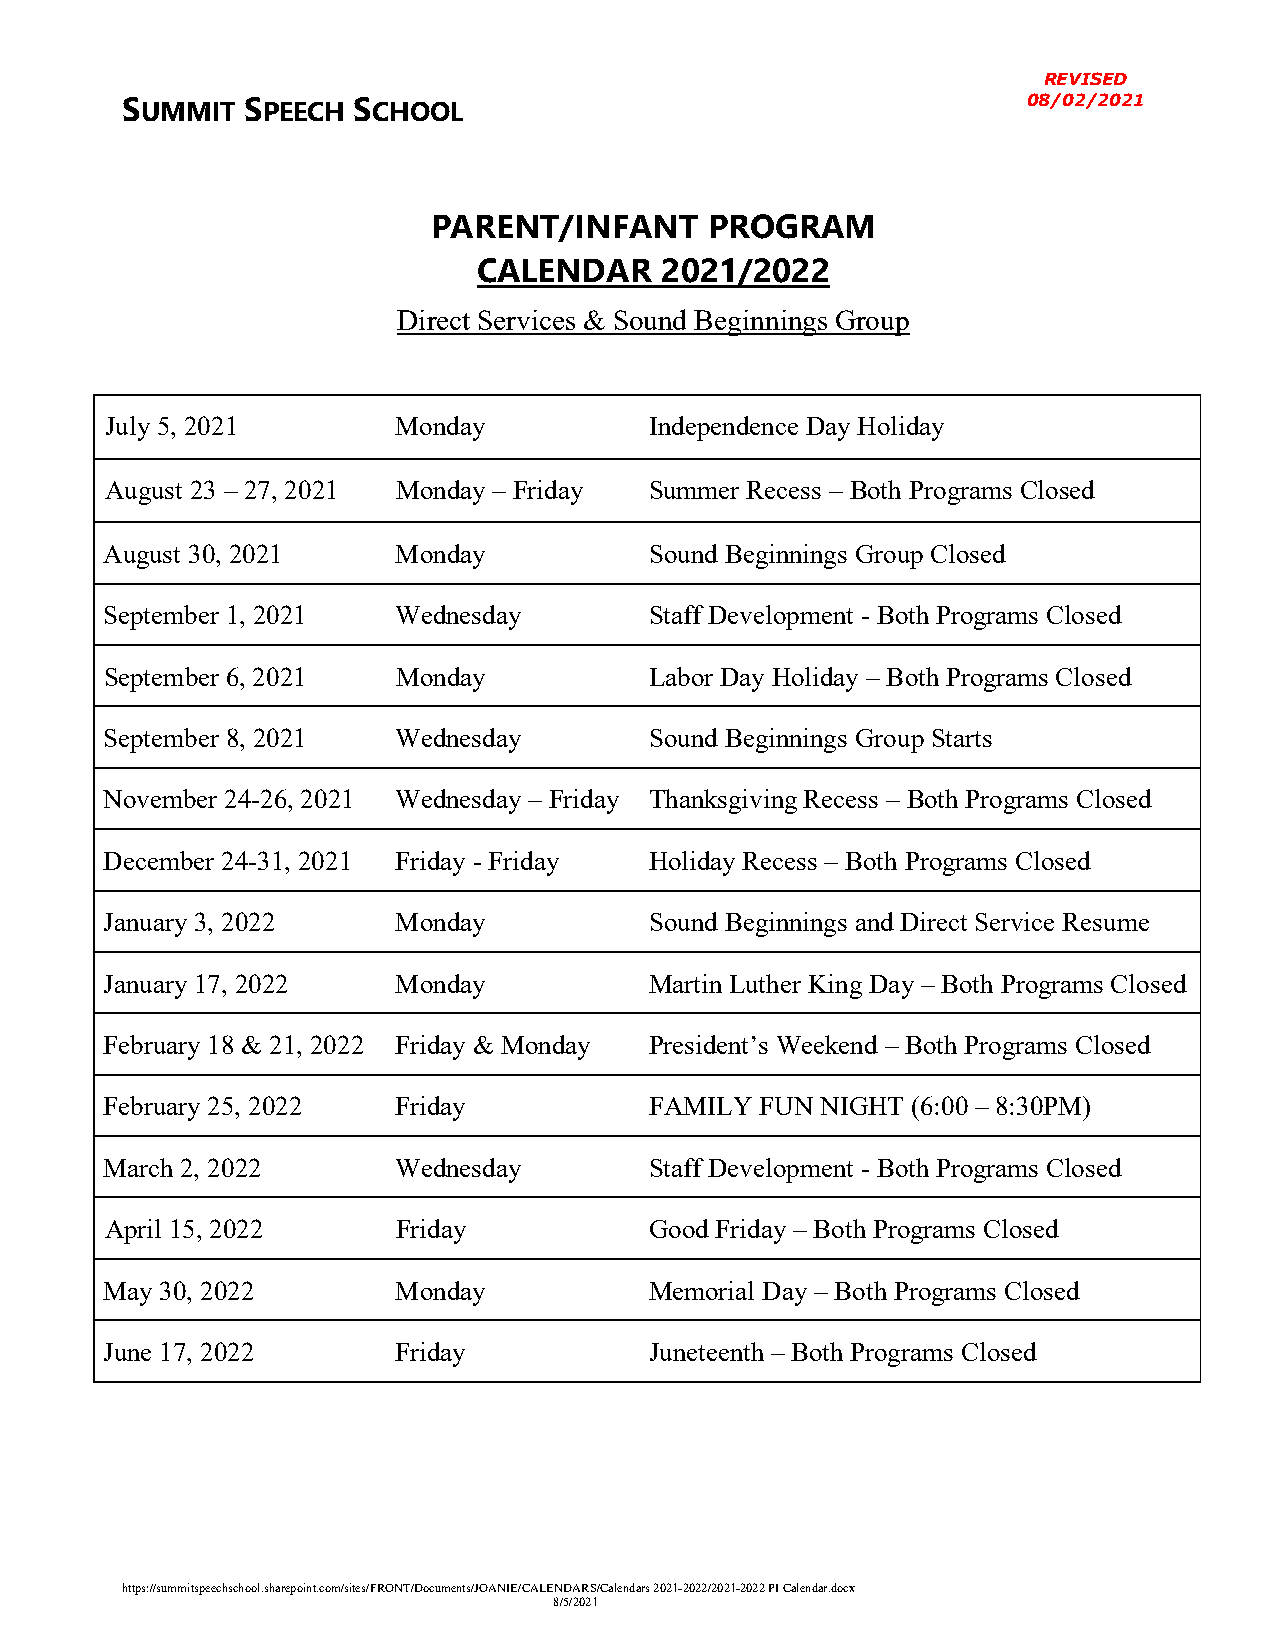
REVISED
 08/02/2021
 SUMMIT  SPEECH SCHOOL
 PARENT/INFANT     PROGRAM
 CALENDAR    2021/2022
 Direct Services & Sound Beginnings Group
 July 5, 2021       Monday           Independence Day Holiday
 August 23 – 27, 2021 Monday – Friday Summer Recess – Both Programs Closed
 August 30, 2021    Monday           Sound Beginnings Group Closed
 September 1, 2021  Wednesday        Staff Development - Both Programs Closed
 September 6, 2021  Monday           Labor Day Holiday – Both Programs Closed
 September 8, 2021  Wednesday        Sound Beginnings Group Starts
 November 24-26, 2021 Wednesday – Friday Thanksgiving Recess – Both Programs Closed
 December 24-31, 2021 Friday - Friday Holiday Recess – Both Programs Closed
 January 3, 2022    Monday           Sound Beginnings and Direct Service Resume
 January 17, 2022   Monday           Martin Luther King Day – Both Programs Closed
 February 18 & 21, 2022 Friday & Monday President’s Weekend – Both Programs Closed
 February 25, 2022  Friday           FAMILY FUN NIGHT (6:00 – 8:30PM)
 March 2, 2022      Wednesday        Staff Development - Both Programs Closed
 April 15, 2022     Friday           Good Friday – Both Programs Closed
 May 30, 2022       Monday           Memorial Day – Both Programs Closed
 June 17, 2022      Friday           Juneteenth – Both Programs Closed
 https://summitspeechschool.sharepoint.com/sites/FRONT/Documents/JOANIE/CALENDARS/Calendars 2021-2022/2021-2022 PI Calendar.docx
 8/5/2021